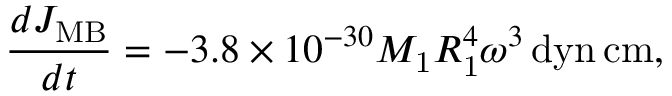
\frac { d J _ { \mathrm { M B } } } { d t } = - 3 . 8 \times 1 0 ^ { - 3 0 } M _ { \mathrm { 1 } } R _ { \mathrm { 1 } } ^ { 4 } \omega ^ { 3 } \, \mathrm { d y n } \, \mathrm { c m } ,